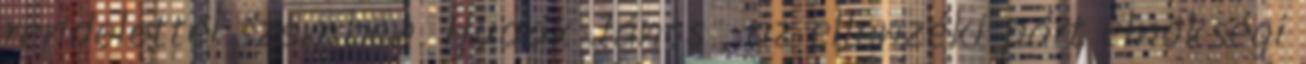
rendelettel szemben. Hudák János , az ellenzéki párt elnökségi